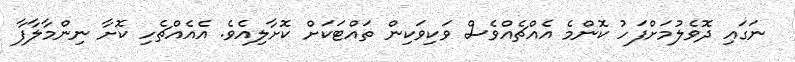
ނަގައި ދޮވެލުމަށްފަހު ކޮންމެ އެއްޗެއްވެސް ވަކިވަކިން ތައްޓަކަށް ކޮށާލިއެވެ. އެއެއްޗެހި ކޮށާ ނިންމާލާފާ